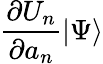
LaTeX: \frac{\partial U_{n}}{\partial a_{n}}|\Psi\rangle